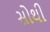
સોથી